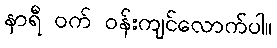
နာရီ ဝက် ဝန်းကျင်လောက်ပါ။